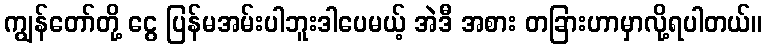
ကျွန်တော်တို့ ငွေ ပြန်မအမ်းပါဘူးဒါပေမယ့် အဲဒီ အစား တခြားဟာမှာလို့ရပါတယ်။